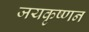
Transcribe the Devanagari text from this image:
जयकृष्णन